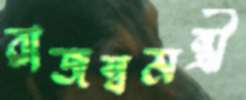
রাজস্বমন্ত্রী